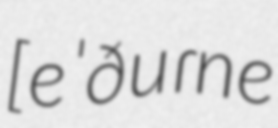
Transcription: [eˈðuɾne